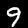
Digit: 9